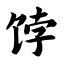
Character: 饽